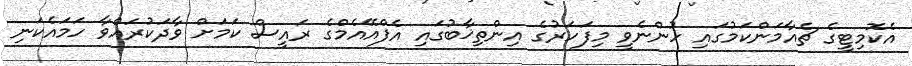
އެކޮމިޓީގެ ޗެއާމަންކަމުގައި ހުންނެވީ މިފަހަރުގެ އިންތިޚާބުގައި އެފްއޭއެމްގެ ރައީސް ކަމަށް ވާދަކުރައްވާ ހަމައެކަނި